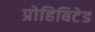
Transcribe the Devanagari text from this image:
प्रोहिबिटेड